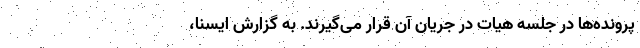
پرونده‌ها در جلسه هیات در جریان آن قرار می‌گیرند. به گزارش ایسنا،